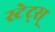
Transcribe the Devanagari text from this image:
स्टेट्स्